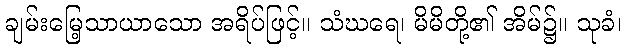
ချမ်းမြေ့သာယာသော အရိပ်ဖြင့်။ သံဃရေ၊ မိမိတို့၏ အိမ်၌။ သုခံ၊